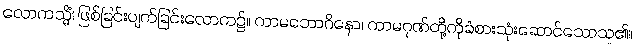
လောကသ္မိံ၊ ဖြစ်ခြင်းပျက်ခြင်းလောက၌။ ကာမဘောဂိနော၊ ကာမဂုဏ်တို့ကိုခံစားသုံးဆောင်သောသူ၏။